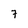
Character: 7